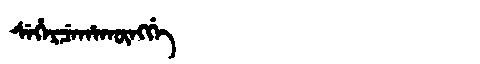
Manchu: ᠰᡝᡥᡝᡵᠴᡝᡥᠠᡴᡡᠩᡤᡝ
Romanization: SEHERCEHAKŪNGGE